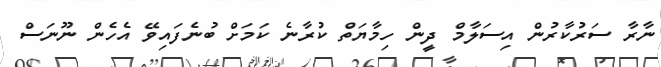
ނާރާ ސަރުކާރުން އިސަލާމް ދީން ހިމާޔަތް ކުރާނެ ކަމަށް ބުނެފައިވޭ އެހެން ނޫނަސް